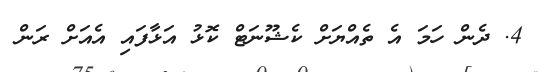
4. ދެން ހަމަ އެ ތެއްޔަށް ކެޝޫނަޓް ކޮޅު އަޅާފައި އެއަށް ރަން